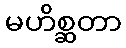
မဟိစ္ဆတာ